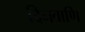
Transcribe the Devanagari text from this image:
दिनवाणि